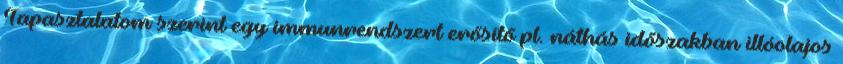
Tapasztalatom szerint egy immunrendszert erősítő pl. náthás időszakban illóolajos